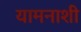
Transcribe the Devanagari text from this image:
यामनाशी